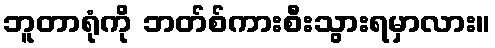
ဘူတာရုံကို ဘတ်စ်ကားစီးသွားရမှာလား။